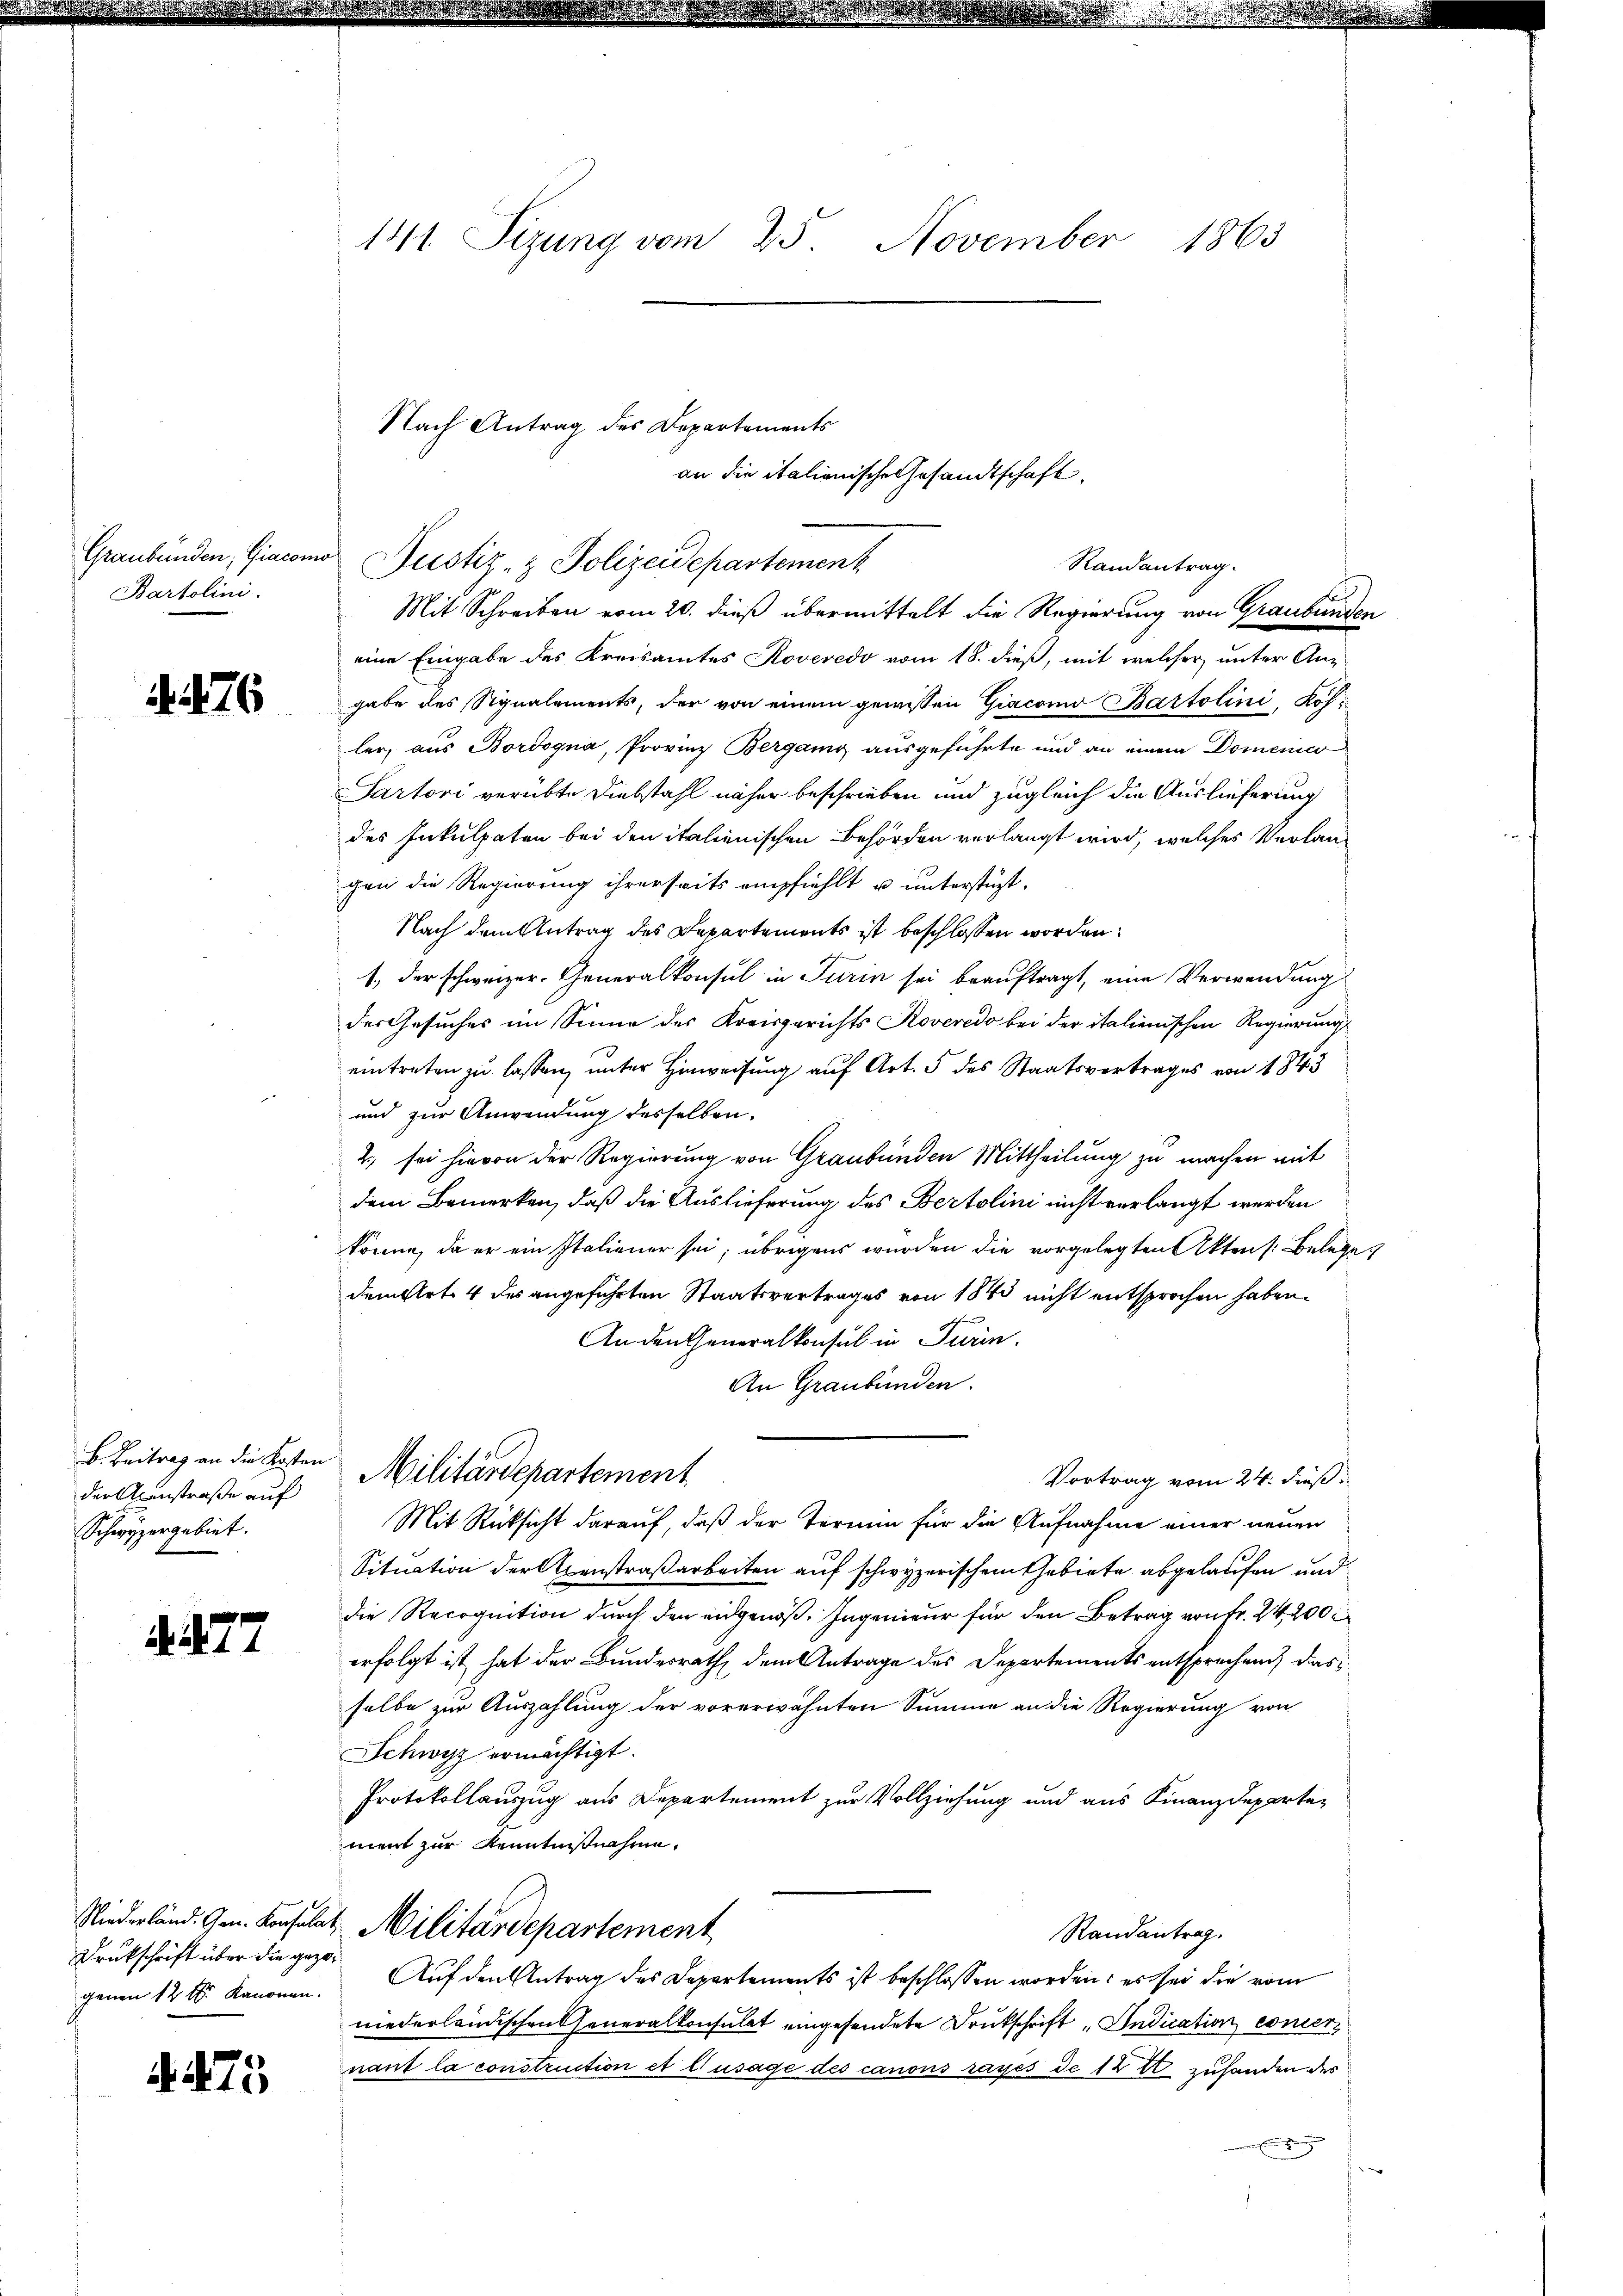
Graubünden, Giacom
Bartolini.

. 476

B. Beitrag an die Kosten
der Acanstraße auf
Schwyzergebiet.

4. 477

Drukschrift über die gezo¬

. 475

141. Sizung vom 25. November 1863

Nach Antrag des Departements

Mit Schreiben vom 20. dieß übermittelt die Regierung von Graubünden
eine Eingabe des Kreisamtes Roveredo vom 18. dieß, mit welcher unter Angabe des Signalements, der von einem gewissen Giacomo Bartolini, Kol-
ler, aus Bordogna, Provinz Bergamo ausgeführte und an einem Domenico
Sartori verübte Diebstahl näher beschrieben und zugleich die Auslieferung
des Inkulpaten bei den italienischen Behörden verlangt wird, welches Verlangen die Regierung ihrerseits empfiehlt u unterstüzt,
Nach dem Antrag des Departements ist beschlossen worden:
1., der schweizer. Generalkonsul in Turin sei beauftragt, eine Verwendung
des Gesuches im Sinne des Kreisgerichts Koveredo bei der italienischen Regierungs
eintreten zu lassen, unter Hinweisung auf Art. 5 des Staatsvertrages von 1843
und zur Anwendung desselben.
2., sei hievon der Regierung von Graubünden Mittheilung zu machen mit
dem Bemerken, daß die Auslieferung des Bertolini nicht verlangt werden
könne, da er ein Italiener sei; übrigens wurden die vorgelegten Akten Belege
dem Art. 4 des angeführten Staatsvertrages von 1845 nicht entsprochen haben.
An den Generalkonsul in Turin.
An Graubünden.
Militärdepartement
Vortrag vom 24. Fuß.
Mit Rücksicht darauf, daß der Termin für die Aufnahme einer neuen
Situation der Axenstraßarbeiten auf schwyzerischem Gebiete abgelaufen und
die Recognition durch den eidgenoß. Ingenieur für den Betrag von Fr. 24, 200 r
erfolgt ist, hat der Bundesrath dem Antrage des Departements entsprechend das
selbe zur Auszahlung der vorerwähnten Summe an die Regierung von
Schwyz ermächtigt.
Protokollauszug aus Departement zur Vollziehung und aus Finanzdepartement zur Kenntnisnahme,
Niederländ. Gen. Konsulat Militärdepartement
Randantrag.
genen 12 t. Kanonen. Auf den Antrag des Departements ist beschlossen worden; es sei die vom
niederländischen Generalkonsulat eingesendete Druckschrift, Indication concer
nant la construction et l’usage des canons rages de 12 t zuhanden des

w. Justiz- & Polizeidepartement

an die italienische Gesandtschaft.

Randantrag.